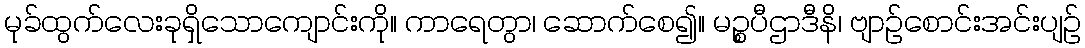
မုခ်ထွက်လေးခုရှိသောကျောင်းကို။ ကာရေတွာ၊ ဆောက်စေ၍။ မဉ္စပီဌာဒီနိ၊ ဗျာဉ်စောင်းအင်းပျဉ်